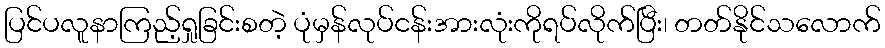
ပြင်ပလူနာကြည့်ရှုခြင်းစတဲ့ ပုံမှန်လုပ်ငန်းအားလုံးကိုရပ်လိုက်ပြီး၊ တတ်နိုင်သလောက်